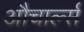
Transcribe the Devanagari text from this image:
औचार्ल्स